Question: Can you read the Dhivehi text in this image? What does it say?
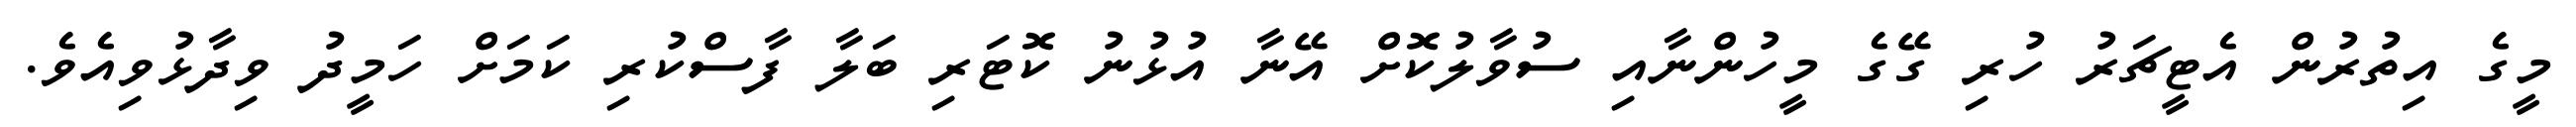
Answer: މީގެ އިތުރުން އެޓީޗަރު ހުރި ގޭގެ މީހުންނާއި ސުވާލުކޮށް އޭނާ އުޅުނު ކޮޓަރި ބަލާ ފާސްކުރި ކަމަށް ހަމީދު ވިދާޅުވިއެވެ.